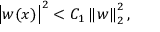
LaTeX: \left| w ( x ) \right| ^ { 2 } < C _ { 1 } \left\| w \right\| _ { 2 } ^ { 2 } ,